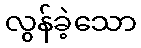
လွန်ခဲ့သော